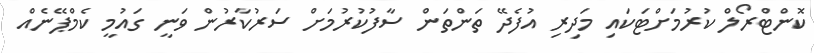
ކޮންޓްރޯލް ކުރުމަށްޓަކައި މަދިރި އުފެދޭ ތަންތަން ސާފުކުރުމަށް ސަރުކާރުން ވަނީ ގައުމީ ކެމްޕޭނެއް